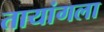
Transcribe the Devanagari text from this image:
तायांगला